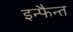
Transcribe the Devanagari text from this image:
इन्फैन्त